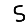
Digit: 5